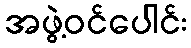
အဖွဲ့ဝင်ပေါင်း